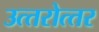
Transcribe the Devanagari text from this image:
उत्‍तरोत्‍तर